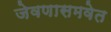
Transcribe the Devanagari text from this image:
जेवणासमवेत